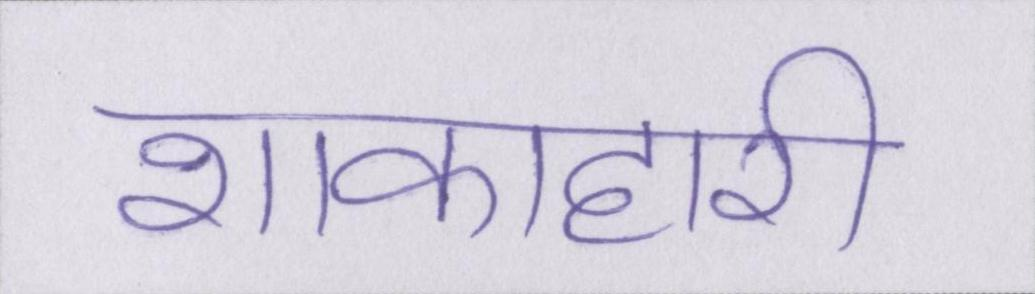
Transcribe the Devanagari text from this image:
शाकाहारी